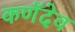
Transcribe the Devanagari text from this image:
कणॅदेव